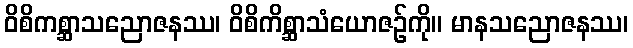
ဝိစိကစ္ဆာသညောဇနဿ၊ ဝိစိကိစ္ဆာသံယောဇဉ်ကို။ မာနသညောဇနဿ၊